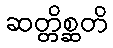
ဆတ္တိစ္ဆတိ